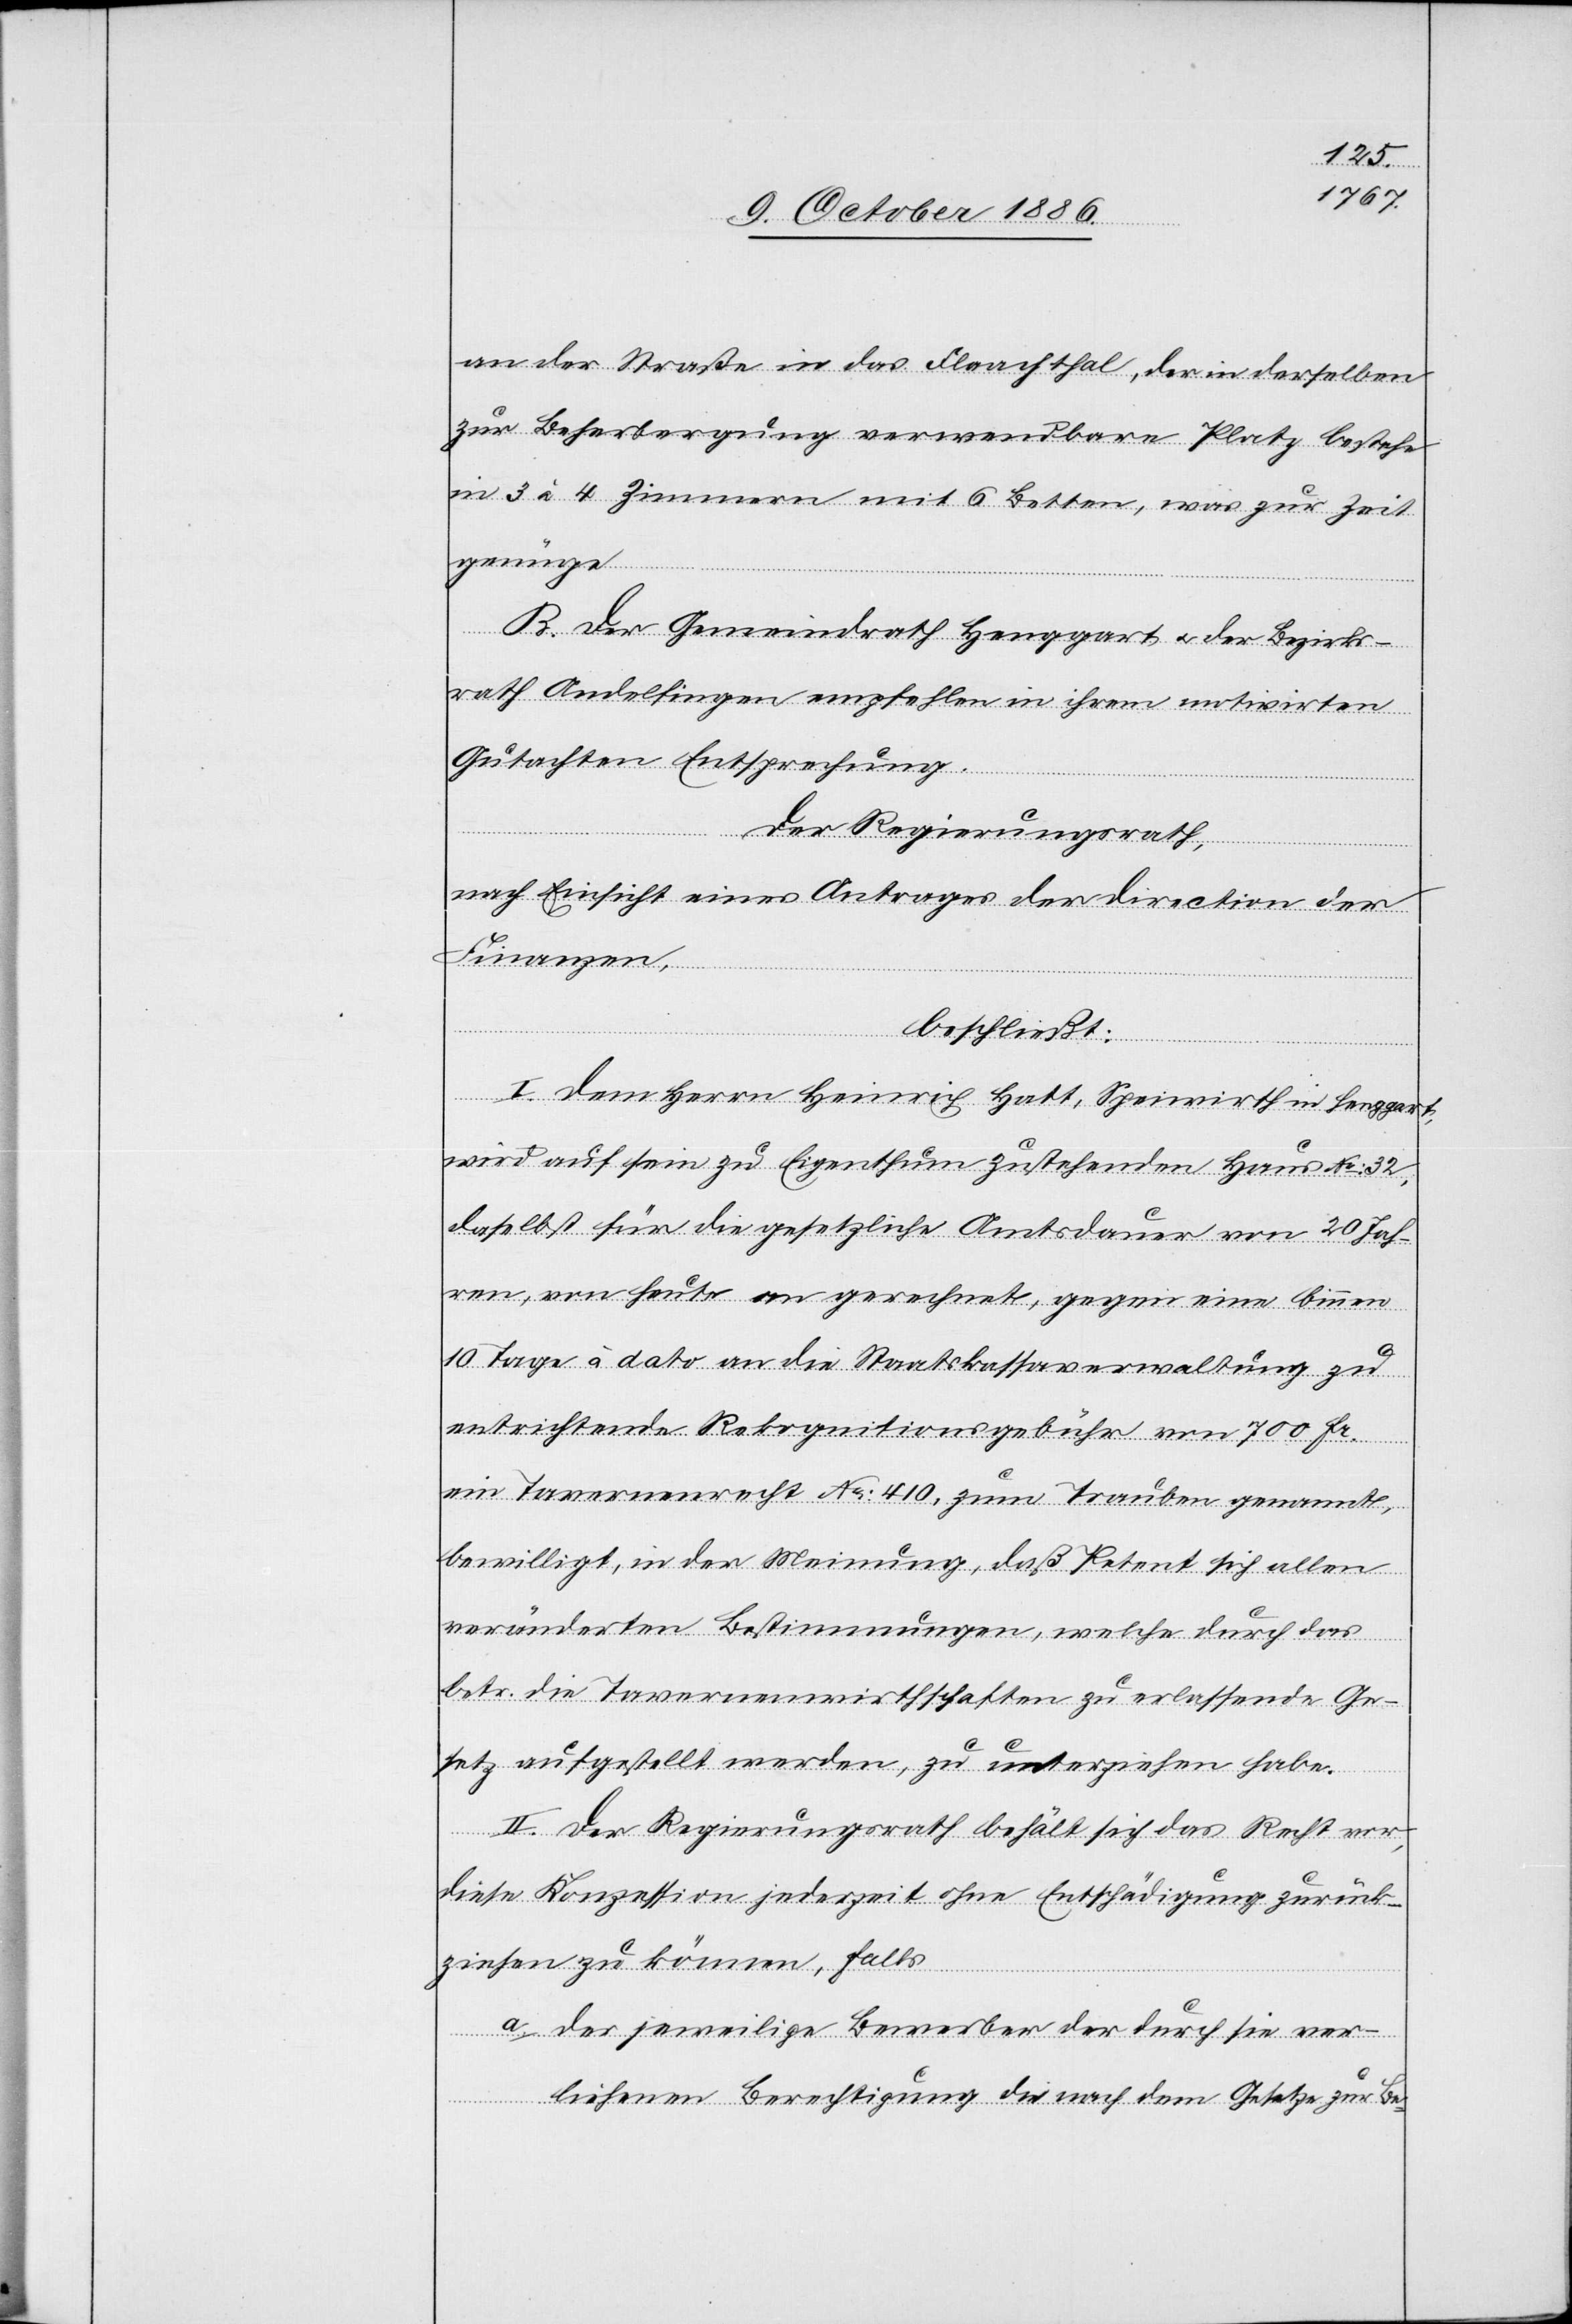
an der Straße in das Flaachthal, der in derselben
zur Beherbergung verwendbare Platz bestehe
in 3 à 4 Zimmern mit 6 Betten, was zur Zeit
genüge.
B. Der Gemeindrath Henggart & der Bezirks¬
rath Andelfingen empfehlen in ihrem motivirten
Gutachten Entsprechung.
Der Regierungsrath,
nach Einsicht eines Antrages der Direction der
Finanzen,
beschließt:
I. Dem Herrn Heinrich Hatt, Speiswirth in Henggart,
wird auf sein zu Eigenthum zustehenden Haus No: 32
daselbst für die gesetzliche Amtsdauer von 20 Jah¬
ren, von heute an gerechnet, gegen eine binnen
10 Tagen à dato an die Staatskassaverwaltung zu
entrichtende Rekognitionsgebühr von 700 Fr.
ein Tavernenrecht No: 410, zum Trauben genannt,
bewilligt, in der Meinung, daß Petent sich allen
veränderten Bestimmungen, welche durch das
betr. die Tavernenwirthschaften zu erlassende Ge¬
setz aufgestellt werden, zu unterziehen habe.
II. Der Regierungsrath behält sich das Recht vor,
diese Konzession jederzeit ohne Entschädigung zurück¬
ziehen zu können, falls
a. der jeweilige Bewerber der durch sie ver¬
liehenen Berechtigung die nach dem Gesetze zur Be-